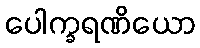
ပေါက္ခရဏိယော